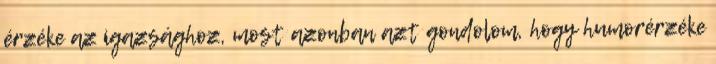
érzéke az igazsághoz, most azonban azt gondolom, hogy humorérzéke